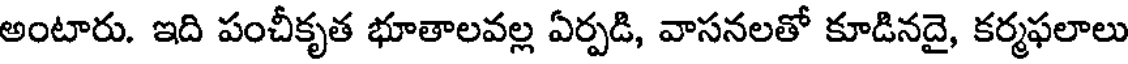
అంటారు. ఇది పంచీకృత భూతాలవల్ల ఏర్పడి, వాసనలతో కూడినదై, కర్మఫలాలు